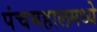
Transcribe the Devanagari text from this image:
पंचमहालमध्ये